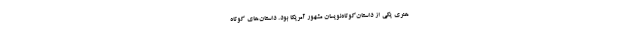
هنری یکی از داستان‌کوتاه‌نویسان مشهور آمریکا بود. داستان‌های کوتاه